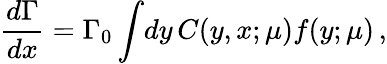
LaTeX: \frac{d\Gamma}{dx}=\Gamma_{0}\int\! dy\, C(y,x;\mu)f(y;\mu)\, ,